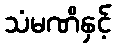
သံမဏိနှင့်